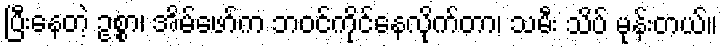
ပြီးနေတဲ့ ဥစ္စာ၊ အိမ်ဖော်က ဘဝင်ကိုင်နေလိုက်တာ၊ သမီး သိပ် မုန်းတယ်။